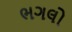
ભગલો